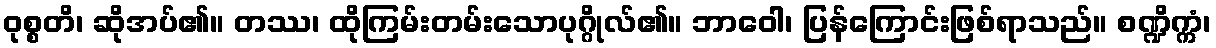
ဝုစ္စတိ၊ ဆိုအပ်၏။ တဿ၊ ထိုကြမ်းတမ်းသောပုဂ္ဂိုလ်၏။ ဘာဝေါ၊ ပြန်ကြောင်းဖြစ်ရာသည်။ စဏ္ဍိက္ကံ၊